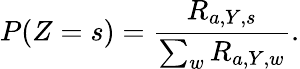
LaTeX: P(Z=s)=\frac{R_{a,Y,s}}{\sum_{w}{R_{a,Y,w}}}.